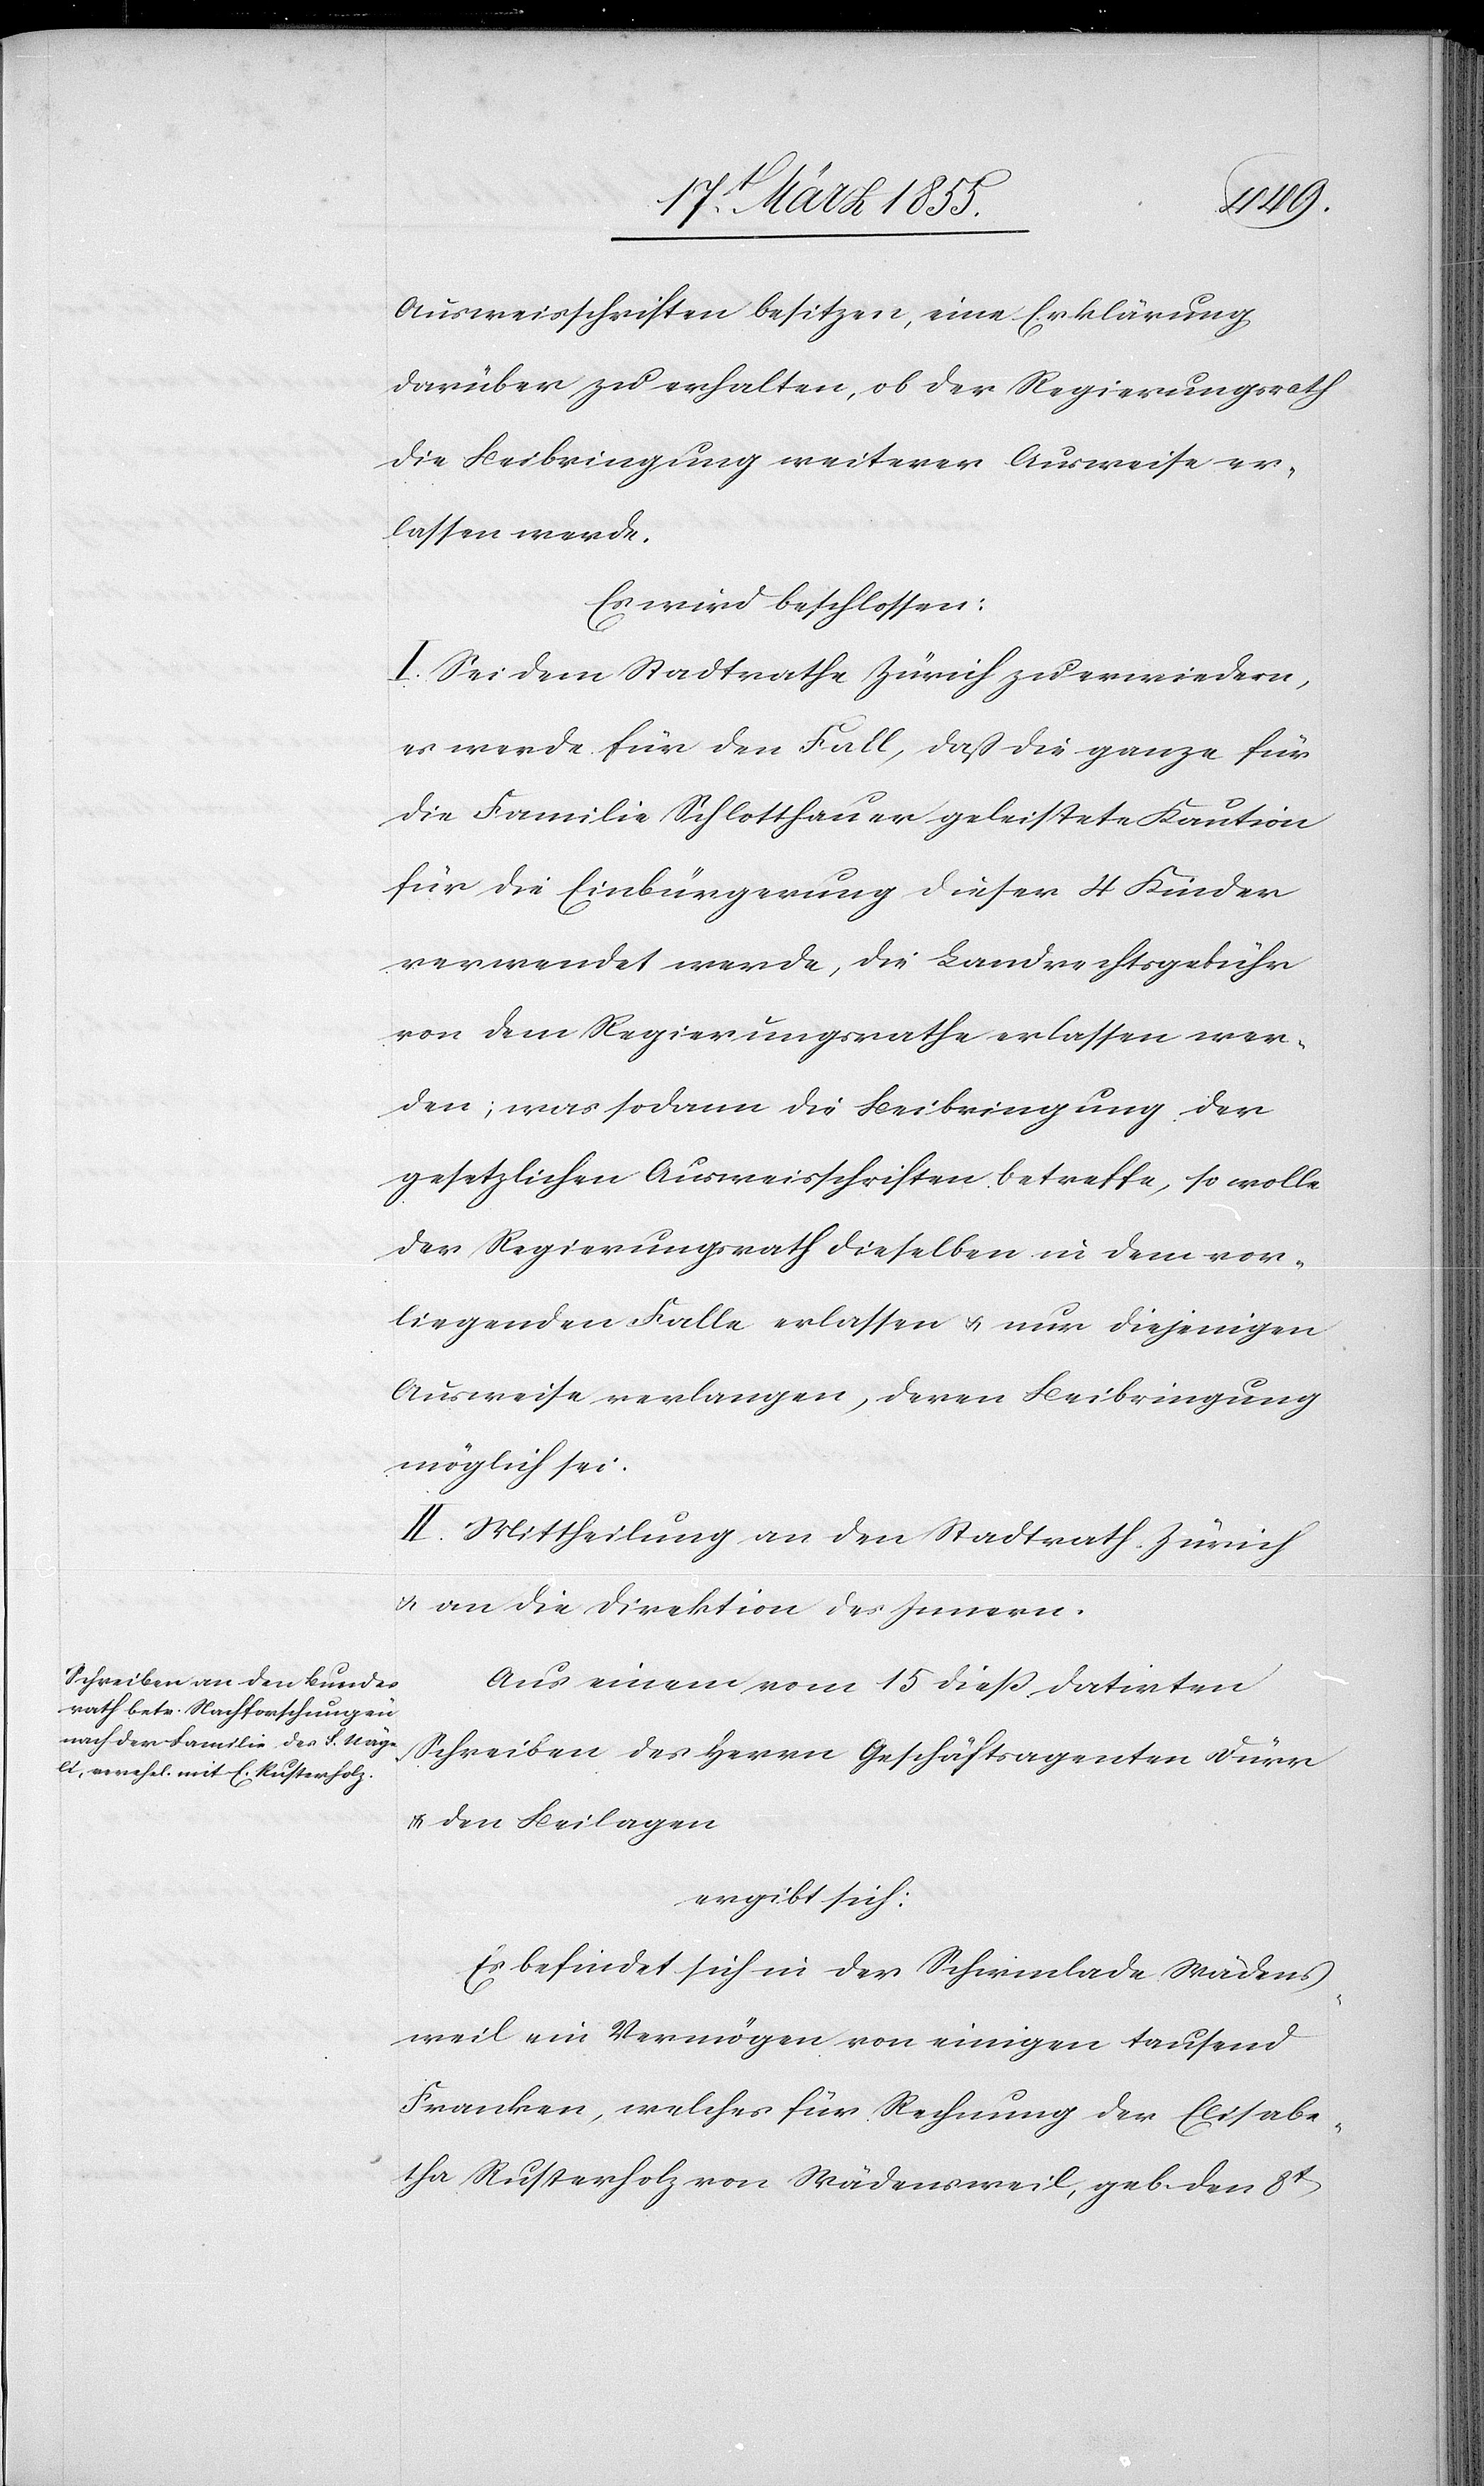
Ausweisschriften besitzen, eine Erklärung
darüber zu erhalten, ob der Regierungsrath
die Beibringung weiterer Ausweise er¬
lassen werde.
Es wird beschlossen:
I. Sei dem Stadtrathe Zürich zu erwiedern,
es werde für den Fall, daß die ganze für
die Familie Schlotthauer geleistete Kaution
für die Einbürgerung dieser 4 Kinder
verwendet werde, die Landrechtsgebühr
von dem Regierungsrathe erlassen wer¬
den; was sodann die Beibringung der
gesetzlichen Ausweisschriften betreffe, so wolle
der Regierungsrath dieselben in dem vor¬
liegenden Falle erlassen & nur diejenigen
Ausweise verlangen, deren Beibringung
möglich sei.
II. Mittheilung an den Stadtrath Zürich
& an die Direktion des Innern.
Aus einem vom 15 dieß datirten
Schreiben des Herrn Geschäftsagenten Dürr
& den Beilagen
ergibt sich:
Es befindet sich in der Schirmlade Wädens¬
weil ein Vermögen von einigen tausend
Franken, welches für Rechnung der Elisabe¬
tha Rusterholz von Wädensweil, geb. den 8t